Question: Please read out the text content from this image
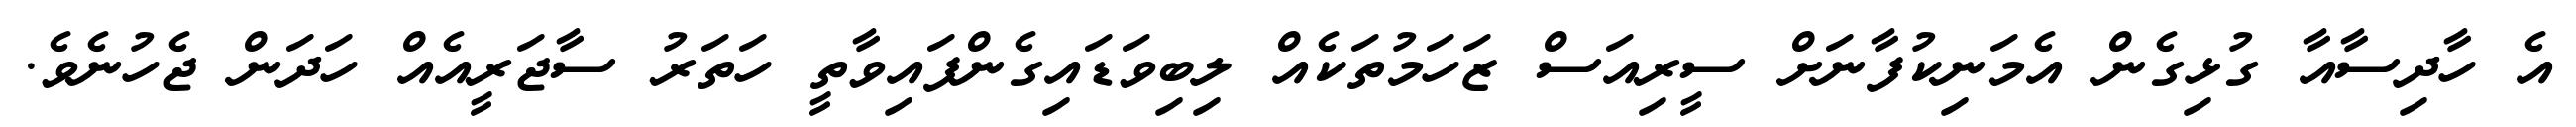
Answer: އެ ހާދިސާއާ ގުޅިގެން އެމަނިކުފާނަށް ސީރިއަސް ޒަހަމުތަކެއް ލިބިވަޑައިގެންފައިވާތީ ހަތަރު ސާޖަރީއެއް ހަދަން ޖެހުނެވެ.